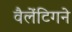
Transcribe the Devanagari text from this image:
वैलेंटिगने